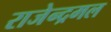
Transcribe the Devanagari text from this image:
राजेन्द्रमल